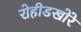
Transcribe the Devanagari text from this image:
रोहीडखोरे